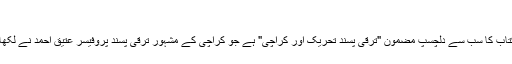
"
اس کتاب کا سب سے دلچسپ مضمون "ترقی پسند تحریک اور کراچی" ہے جو کراچی کے مشہور ترقی پسند پروفیسر عتیق احمد نے لکھا ہے۔